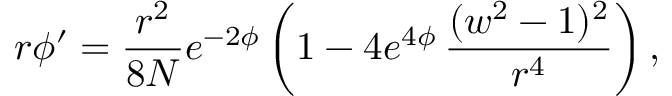
r \phi ^ { \prime } = \frac { r ^ { 2 } } { 8 N } e ^ { - 2 \phi } \left( 1 - 4 e ^ { 4 \phi } \, \frac { ( w ^ { 2 } - 1 ) ^ { 2 } } { r ^ { 4 } } \right) ,